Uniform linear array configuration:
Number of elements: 4
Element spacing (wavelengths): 0.75
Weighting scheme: uniform
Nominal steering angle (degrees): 0
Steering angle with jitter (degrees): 1.406
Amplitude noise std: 0.05
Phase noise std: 0.05

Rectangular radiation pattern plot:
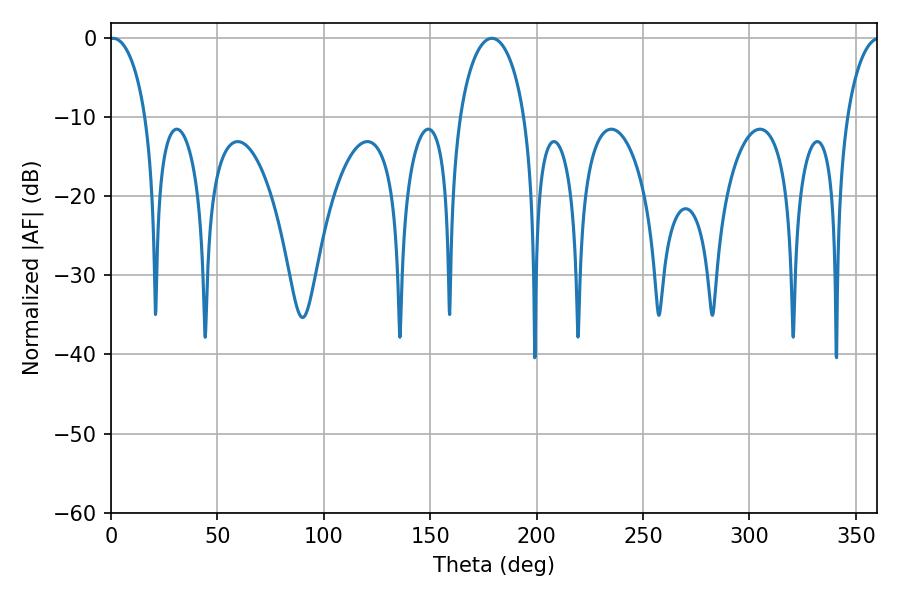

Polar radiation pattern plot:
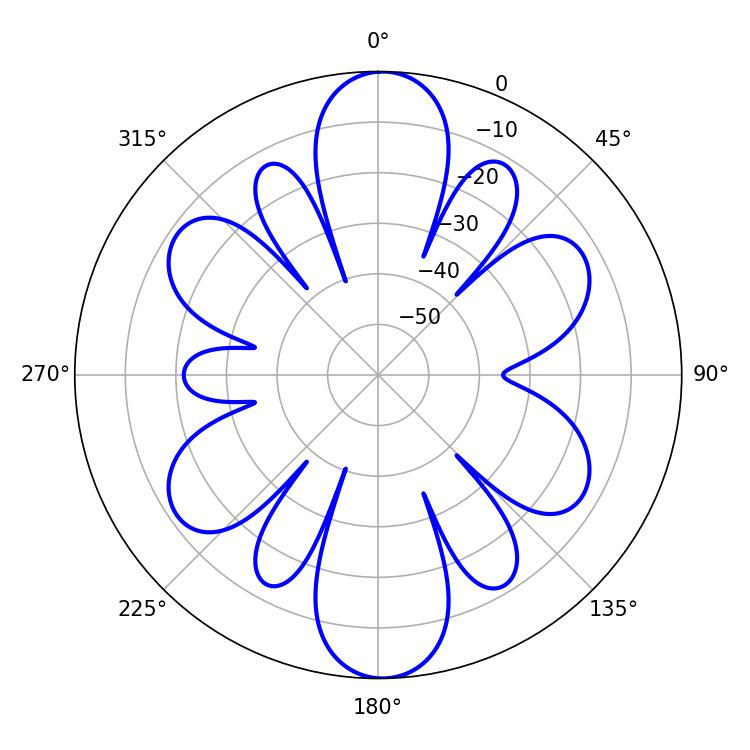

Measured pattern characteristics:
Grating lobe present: TRUE
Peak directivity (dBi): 24.035
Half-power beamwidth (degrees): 9.9
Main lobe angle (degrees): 1.08